Scottish Certificate of Education, 1963
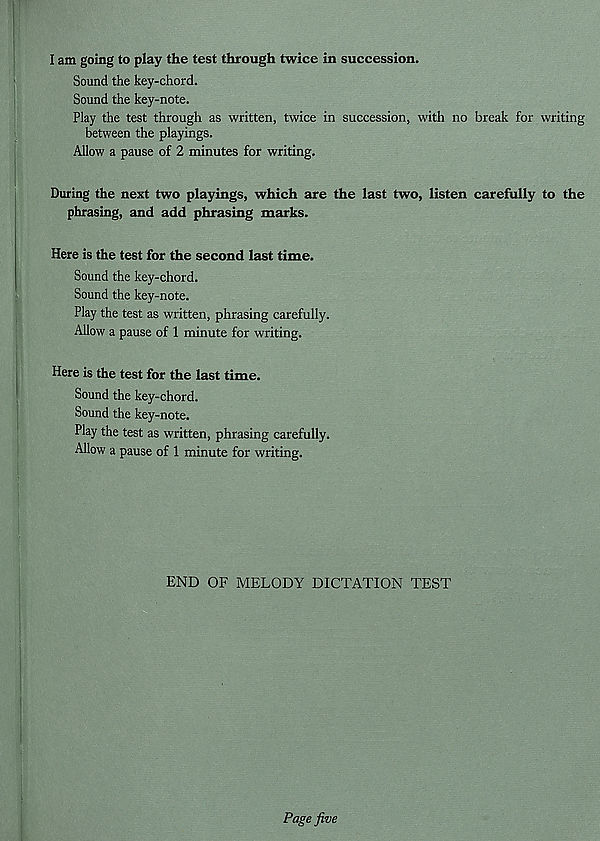
I am going to play the test through twice in succession.
Sound the key-chord.
Sound the key-note.
Play the test through as written, twice in succession, with no break for writing
between the playings.
Allow a pause of 2 minutes for writing.
During the next two playings, which are the last two, listen carefully to the
phrasing, and add phrasing marks.
Here is the test for the second last time.
Sound the key-chord.
Sound the key-note.
Play the test as written, phrasing carefully.
Allow a pause of 1 minute for writing.
Here is the test for the last time.
Sound the key-chord.
Sound the key-note.
Play the test as written, phrasing carefully.
Allow a pause of 1 minute for writing.
END OF MELODY DICTATION TEST
Page five